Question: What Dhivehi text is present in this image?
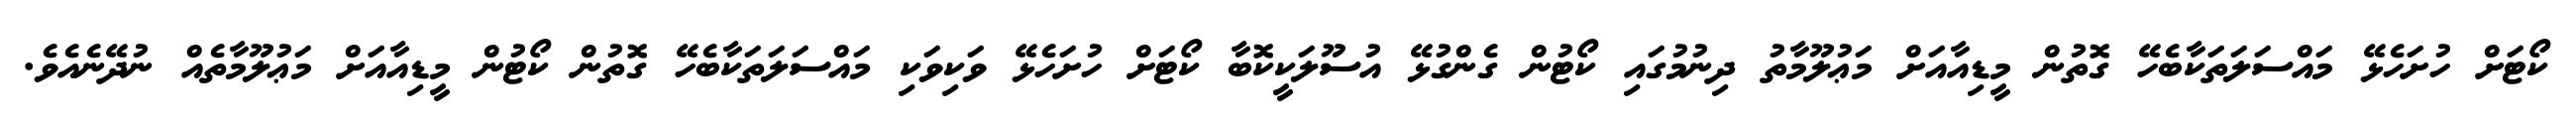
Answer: ކޯޓަށް ހުށަހެޅޭ މައްސަލަތަކާބެހޭ ގޮތުން މީޑިއާއަށް މަޢުލޫމާތު ދިނުމުގައި ކޯޓުން ގެންގުޅޭ އުސޫލަކީކޮބާ ކޯޓަށް ހުށަހެޅޭ ވަކިވަކި މައްސަލަތަކާބެހޭ ގޮތުން ކޯޓުން މީޑިއާއަށް މަޢުލޫމާތެއް ނުދޭނެއެވެ.